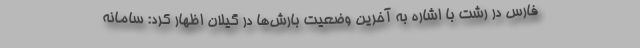
فارس در رشت با اشاره به آخرین وضعیت بارش‌ها در گیلان اظهار کرد: سامانه